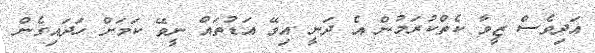
އަދިވެސް ޒީވާ ކެތްކުރަމުން އެ ދަނީ އިވޭ އަޑުތައް ނީވޭ ކަމަށް ހަދައިގެން